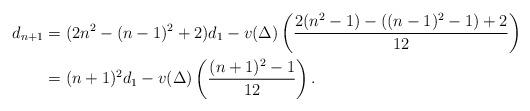
LaTeX: \begin{align*}d_{n+1}&=(2n^2-(n-1)^2+2)d_1-v(\Delta)\left(\frac{2(n^2-1)-((n-1)^2-1)+2}{12}\right)\\&=(n+1)^2d_1-v(\Delta)\left(\frac{(n+1)^2-1}{12}\right).\end{align*}